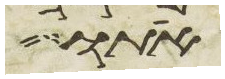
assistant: אתו